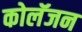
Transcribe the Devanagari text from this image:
कोलॅजन